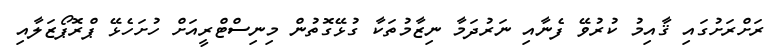
ރަށްރަށުގައި ޤާއިމު ކުރުވޭ ފެނާއި ނަރުދަމާ ނިޒާމުތަކާ ގުޅޭގޮތުން މިނިސްޓްރީއަށް ހުށަހެޅޭ ޕްރޮޕޯޒަލާއި